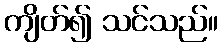
ကျိတ်၍ သင်သည်။